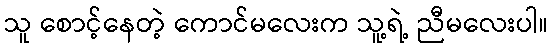
သူ စောင့်နေတဲ့ ကောင်မလေးက သူ့ရဲ့ ညီမလေးပါ။